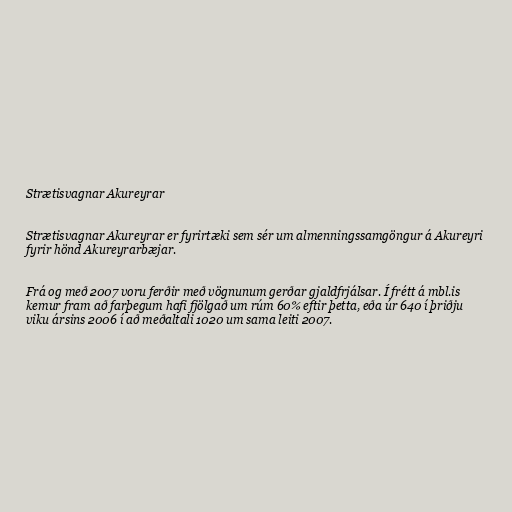
Strætisvagnar Akureyrar

Strætisvagnar Akureyrar er fyrirtæki sem sér um almenningssamgöngur á Akureyri
fyrir hönd Akureyrarbæjar.

Frá og með 2007 voru ferðir með vögnunum gerðar gjaldfrjálsar. Í frétt á mbl.is
kemur fram að farþegum hafi fjölgað um rúm 60% eftir þetta, eða úr 640 í þriðju
viku ársins 2006 í að meðaltali 1020 um sama leiti 2007.